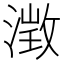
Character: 𪷁